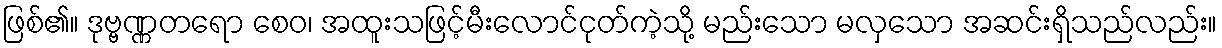
ဖြစ်၏။ ဒုဗ္ဗဏ္ဏတရော စေဝ၊ အထူးသဖြင့်မီးလောင်ငုတ်ကဲ့သို့ မည်းသော မလှသော အဆင်းရှိသည်လည်း။